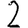
Digit: 2